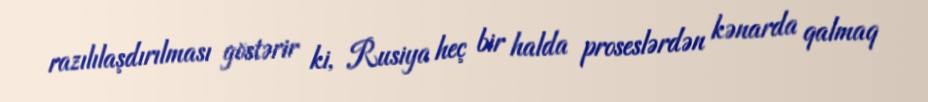
razılılaşdırılması göstərir ki, Rusiya heç bir halda proseslərdən kənarda qalmaq